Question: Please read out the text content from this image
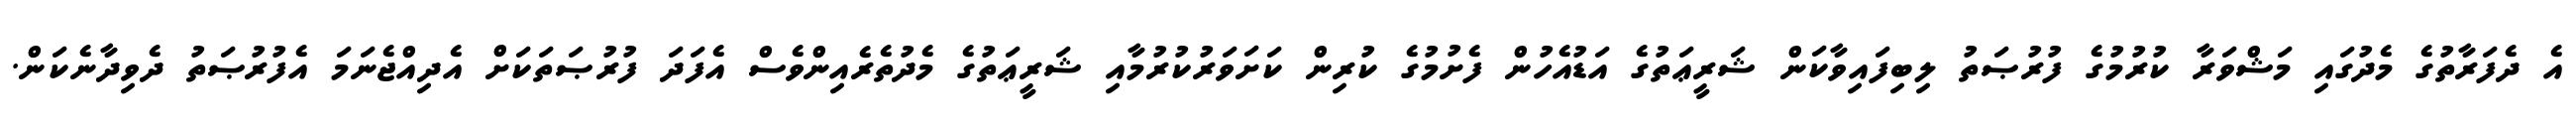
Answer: އެ ދެފަރާތުގެ މެދުގައި މަޝްވަރާ ކުރުމުގެ ފުރުޞަތު ލިބިފައިވާކަން ޝަރީޢަތުގެ އަޑުއެހުން ފެށުމުގެ ކުރިން ކަށަވަރުކުރުމާއި ޝަރީޢަތުގެ މެދުތެރެއިންވެސް އެފަދަ ފުރުޞަތަކަށް އެދިއްޖެނަމަ އެފުރުޞަތު ދެވިދާނެކަން.